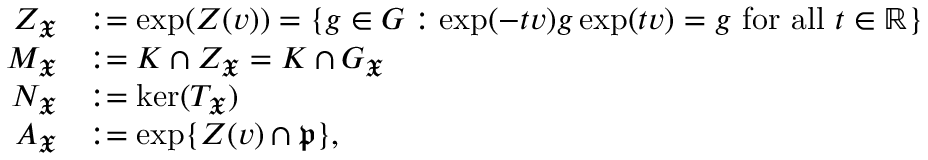
\begin{array} { r l } { Z _ { \mathfrak { X } } } & { : = \exp ( Z ( v ) ) = \{ g \in G : \exp ( - t v ) g \exp ( t v ) = g \mathrm { ~ f o r ~ a l l ~ } t \in \mathbb R \} } \\ { M _ { \mathfrak { X } } } & { : = K \cap Z _ { \mathfrak { X } } = K \cap G _ { \mathfrak { X } } } \\ { N _ { \mathfrak { X } } } & { : = \ker ( T _ { \mathfrak { X } } ) } \\ { A _ { \mathfrak { X } } } & { : = \exp \{ Z ( v ) \cap \mathfrak p \} , } \end{array}